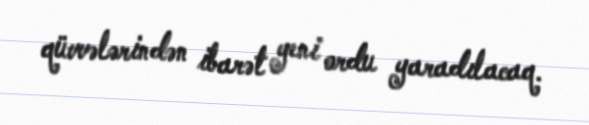
qüvvələrindən ibarət yeni ordu yaradılacaq.